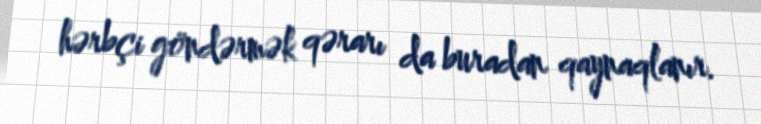
hərbçi göndərmək qərarı da buradan qaynaqlanır.